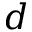
d